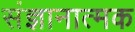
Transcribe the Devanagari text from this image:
संज्ञानात्‍मक